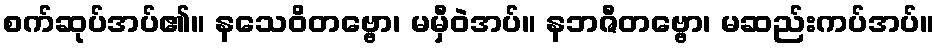
စက်ဆုပ်အပ်၏။ နသေဝိတဗ္ဗော၊ မမှီဝဲအပ်။ နဘဇီတဗ္ဗော၊ မဆည်းကပ်အပ်။